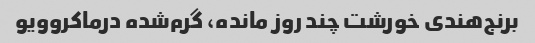
برنج‌هندی خورشت چند روز مانده، گرم‌شده در‌ماکروویو